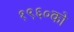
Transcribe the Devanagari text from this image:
१९६०को